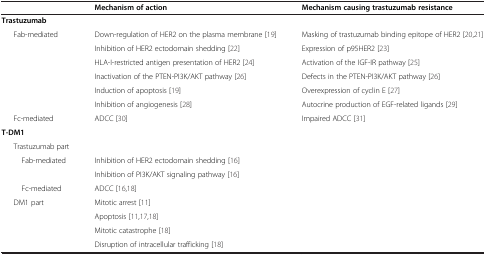
<table><thead><tr><td><b> </b></td><td><b>Mechanism of action</b></td><td><b>Mechanism causing trastuzumab resistance</b></td></tr></thead><tbody><tr><td><b>Trastuzumab</b></td><td> </td><td> </td></tr><tr><td>Fab-mediated</td><td>Down-regulation of HER2 on the plasma membrane [19]</td><td>Masking of trastuzumab binding epitope of HER2 [20,21]</td></tr><tr><td> </td><td>Inhibition of HER2 ectodomain shedding [22]</td><td>Expression of p95HER2 [23]</td></tr><tr><td> </td><td>HLA-I-restricted antigen presentation of HER2 [24]</td><td>Activation of the IGF-IR pathway [25]</td></tr><tr><td> </td><td>Inactivation of the PTEN-PI3K/AKT pathway [26]</td><td>Defects in the PTEN-PI3K/AKT pathway [26]</td></tr><tr><td> </td><td>Induction of apoptosis [19]</td><td>Overexpression of cyclin E [27]</td></tr><tr><td> </td><td>Inhibition of angiogenesis [28]</td><td>Autocrine production of EGF-related ligands [29]</td></tr><tr><td>Fc-mediated</td><td>ADCC [30]</td><td>Impaired ADCC [31]</td></tr><tr><td><b>T-DM1</b></td><td> </td><td> </td></tr><tr><td>Trastuzumab part</td><td> </td><td> </td></tr><tr><td>Fab-mediated</td><td>Inhibition of HER2 ectodomain shedding [16]</td><td> </td></tr><tr><td> </td><td>Inhibition of PI3K/AKT signaling pathway [16]</td><td> </td></tr><tr><td>Fc-mediated</td><td>ADCC [16,18]</td><td> </td></tr><tr><td>DM1 part</td><td>Mitotic arrest [11]</td><td> </td></tr><tr><td> </td><td>Apoptosis [11,17,18]</td><td> </td></tr><tr><td> </td><td>Mitotic catastrophe [18]</td><td> </td></tr><tr><td> </td><td>Disruption of intracellular trafficking [18]</td><td> </td></tr></tbody></table>